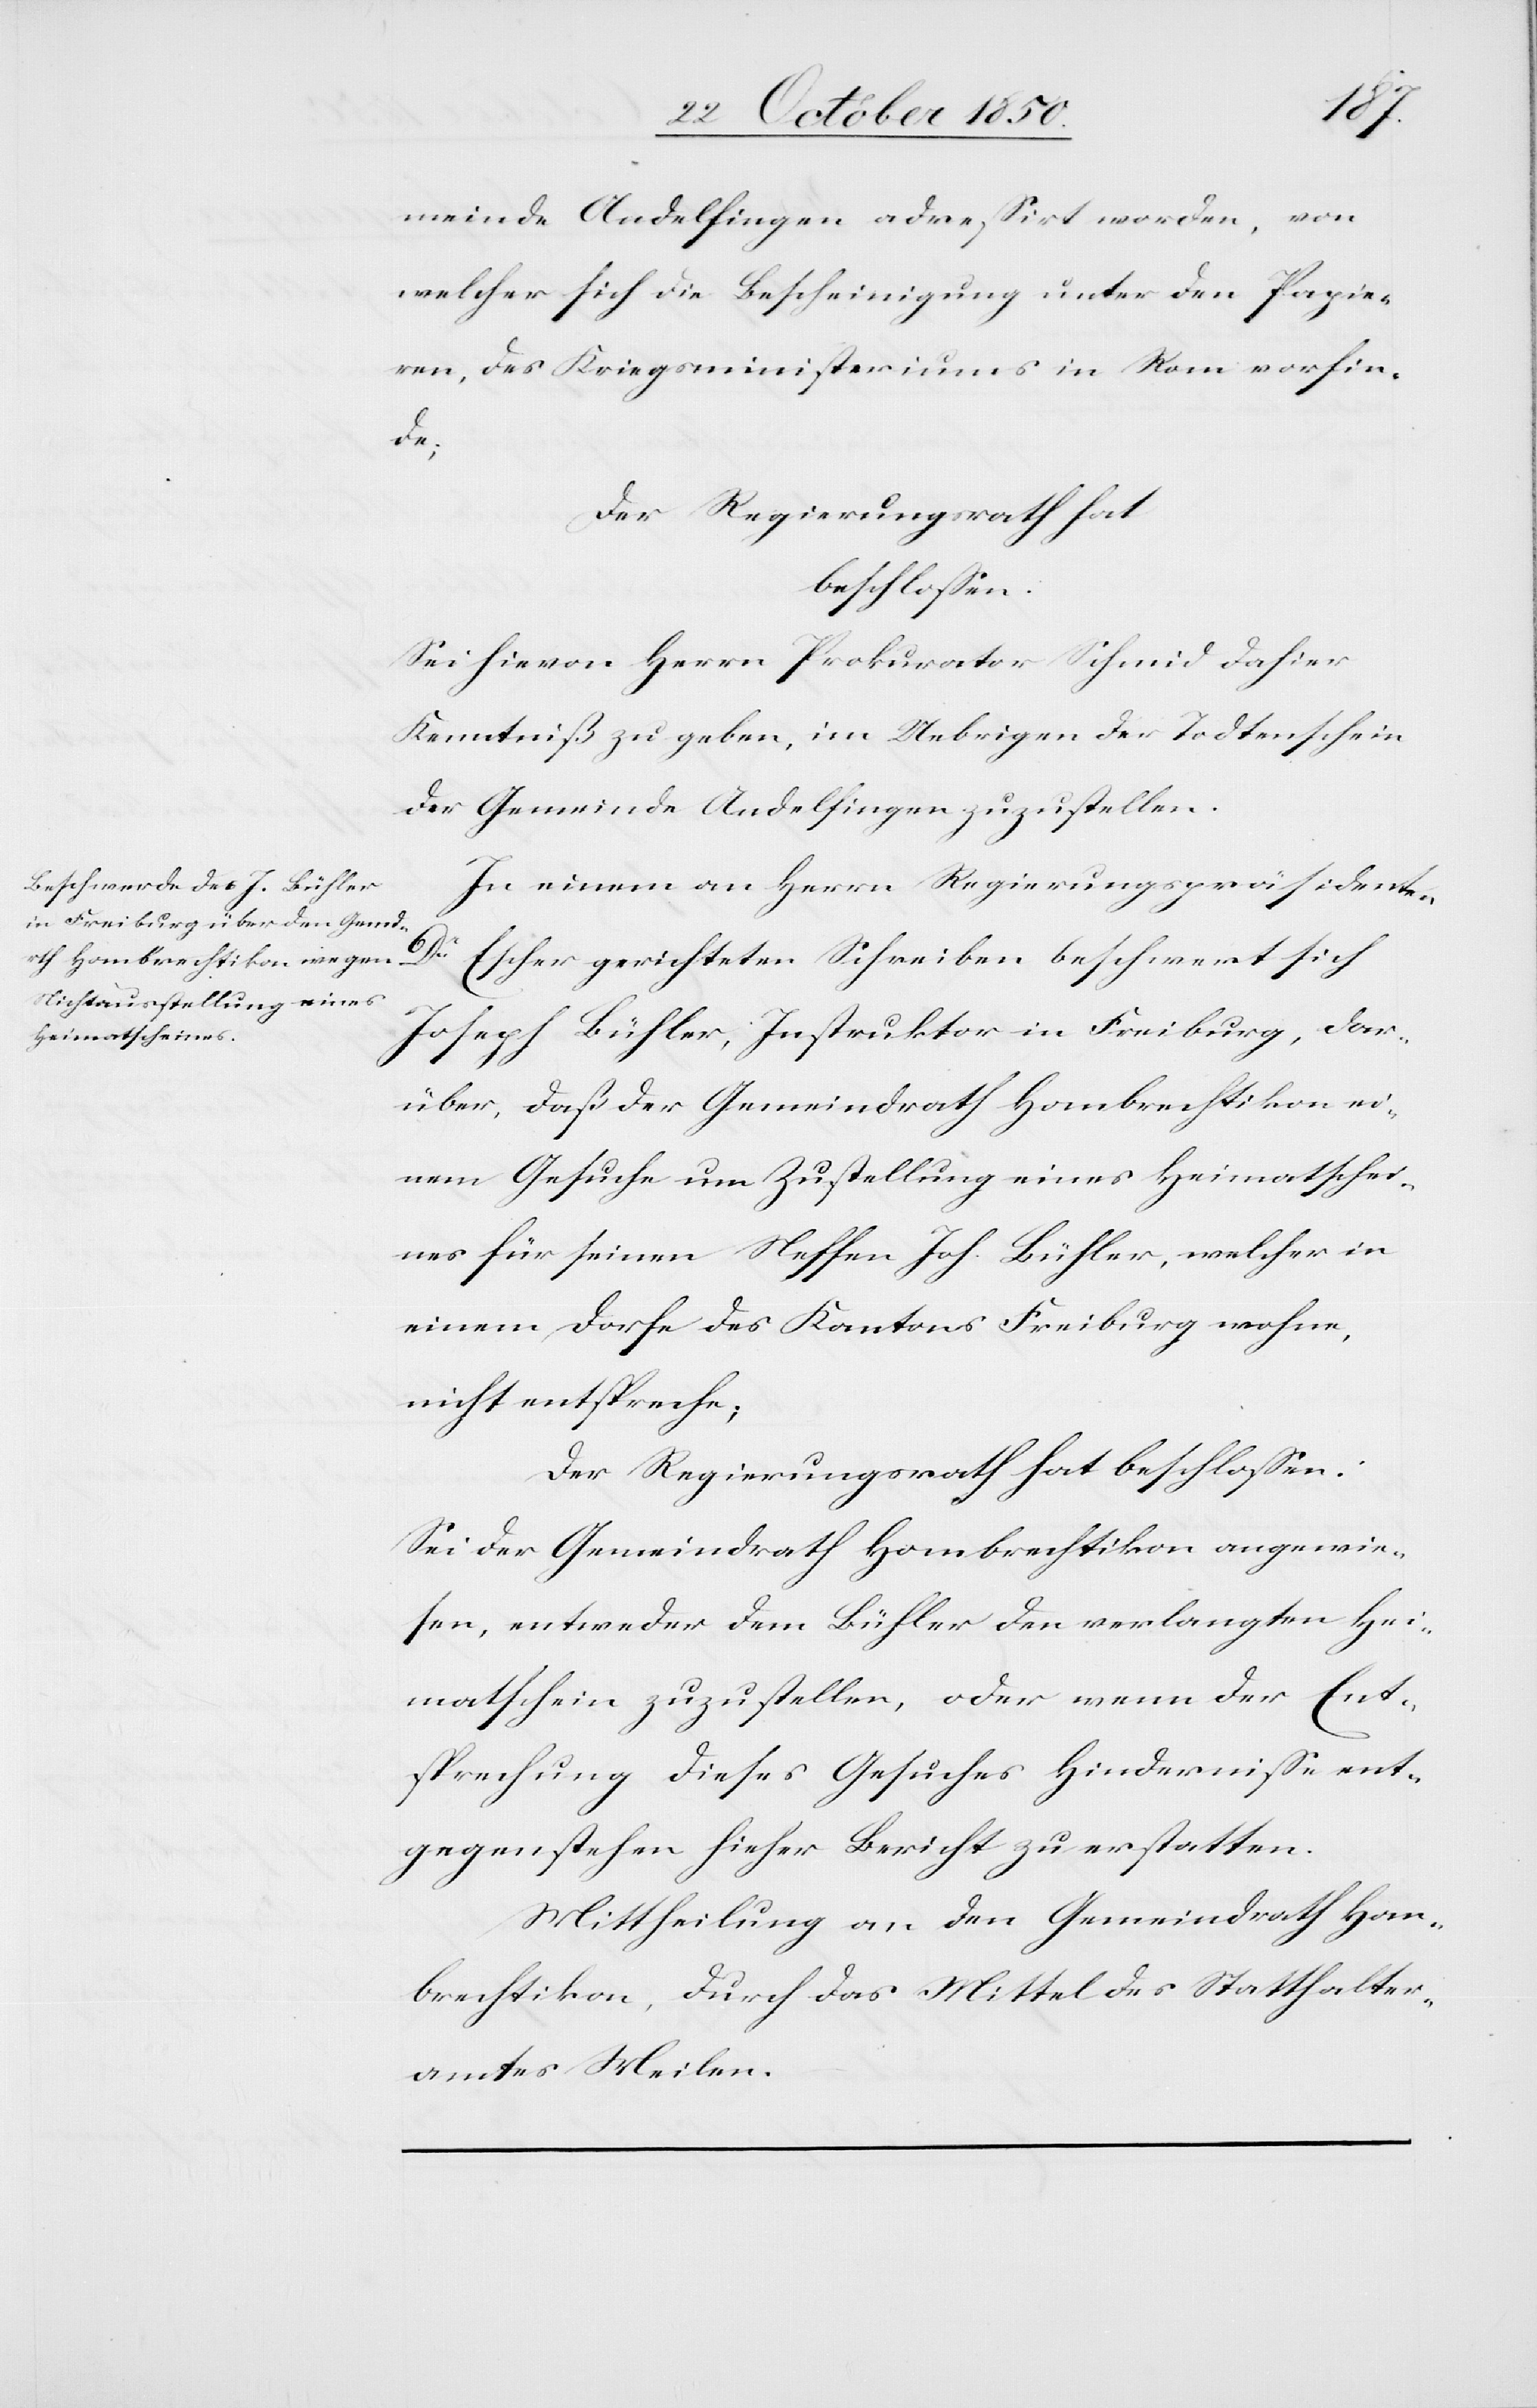
meinde Andelfingen adressirt worden, von
welcher sich die Bescheinigung unter den Papie¬
ren, des Kriegsministeriums in Rom vorfin¬
de;
Der Regierungsrath hat
beschlossen:
Sei hievon Herrn Prokurator Schmid dahier
Kenntniß zu geben, im Uebrigen der Todtenschein
der Gemeinde Andelfingen zuzustellen.
In einem an Herrn Regierungspräsidenten
Dr
Escher gerichteten Schreiben beschwert sich
Joseph Bühler, Instruktor in Freiburg, dar¬
über, daß der Gemeindrath Hombrechtikon ei¬
nem Gesuche um Zustellung eines Heimatschei¬
nes für seinen Neffen Joh. Bühler, welcher in
einem Dorfe des Kantons Freiburg wohne,
nicht entspreche;
Der Regierungsrath hat beschlossen:
Sei der Gemeindrath Hombrechtikon angewie¬
sen, entweder dem Bühler den verlangten Hei¬
matschein zuzustellen, oder wenn der Ent¬
sprechung dieses Gesuches Hindernisse ent¬
gegenstehen hieher Bericht zu erstatten.
Mittheilung an den Gemeindrath Hom¬
brechtikon, durch das Mittel des Statthalter¬
amtes Meilen.